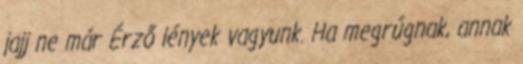
jajj ne már Érző lények vagyunk. Ha megrúgnak, annak